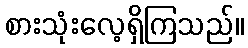
စားသုံးလေ့ရှိကြသည်။